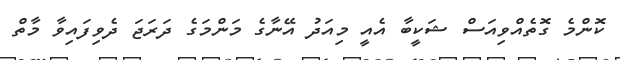
ކޮންމެ ގޮތެއްވިއަސް ޝަކީބާ އެއީ މިއަދު އޭނާގެ މަންމަގެ ދަރަޖަ ދެވިފައިވާ މާތް